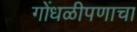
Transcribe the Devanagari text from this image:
गोंधळीपणाचा